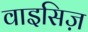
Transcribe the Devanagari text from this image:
वाइसिज़